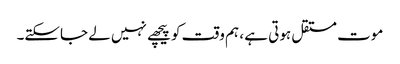
موت مستقل ہوتی ہے ، ہم وقت کو پیچھے نہیں لے جاسکتے۔